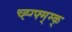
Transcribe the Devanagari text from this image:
च्ह्ग्फ्म्म्क्